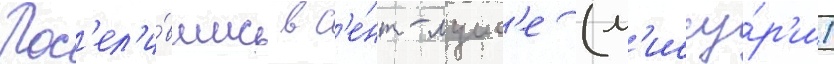
Пос'ел'и́вшись в с'е́нт-луис'е (м'иссу́р'и)